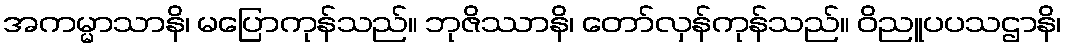
အကမ္မာသာနိ၊ မပြောကုန်သည်။ ဘုဇိဿာနိ၊ တော်လှန်ကုန်သည်။ ဝိညူပပသဌာနိ၊